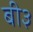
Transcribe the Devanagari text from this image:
बी३